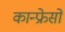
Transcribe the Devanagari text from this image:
कान्फ्रेसों